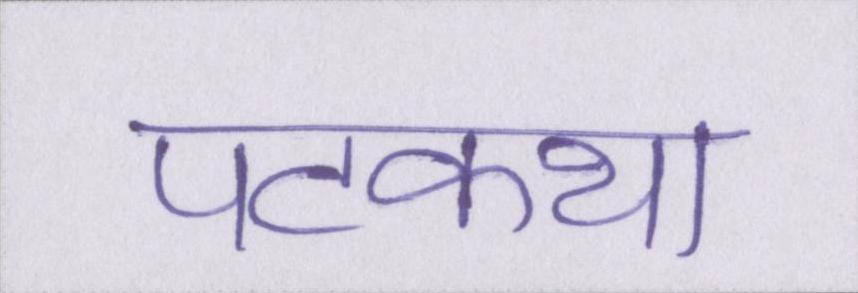
पटकथा